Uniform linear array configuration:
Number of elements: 8
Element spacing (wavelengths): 1
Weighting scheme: binomial
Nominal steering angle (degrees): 60
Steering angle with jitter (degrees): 59.199
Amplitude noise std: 0.05
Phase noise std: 0.05

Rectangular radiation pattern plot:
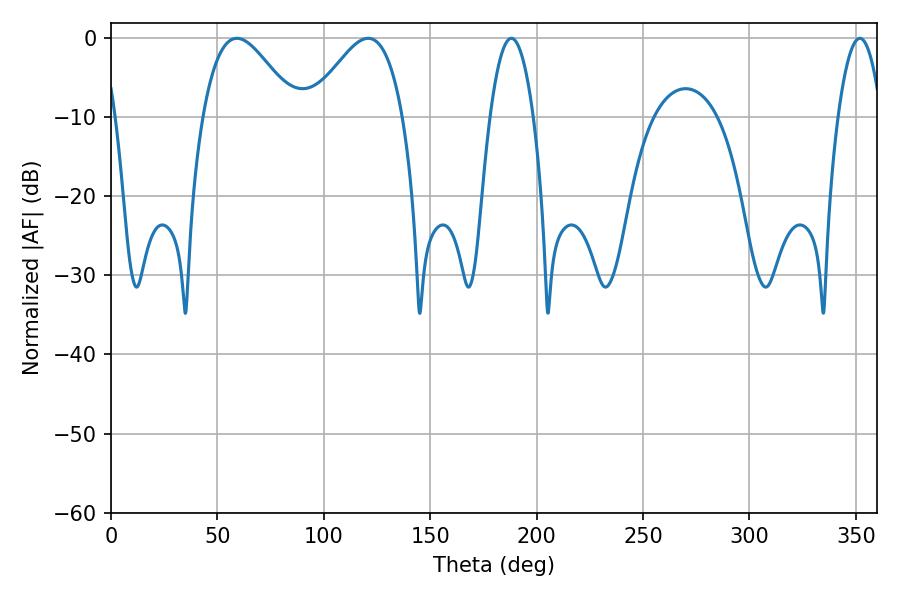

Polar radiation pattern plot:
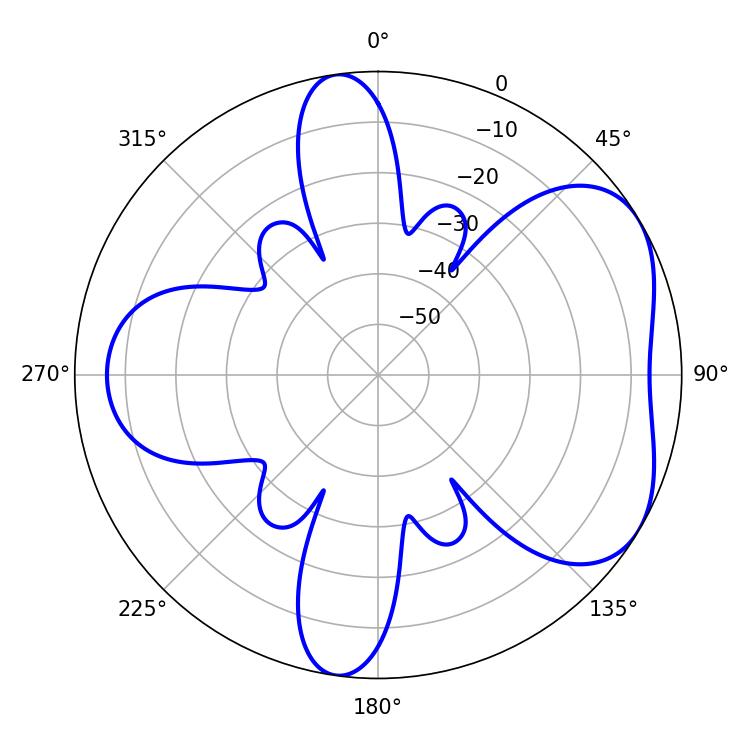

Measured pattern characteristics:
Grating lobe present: TRUE
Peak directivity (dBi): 4.997
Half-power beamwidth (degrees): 11.34
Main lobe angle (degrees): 188.1